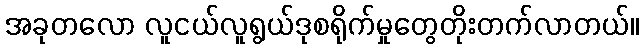
အခုတလော လူငယ်လူရွယ်ဒုစရိုက်မှုတွေတိုးတက်လာတယ်။